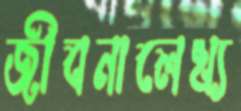
জীবনালেখ্য